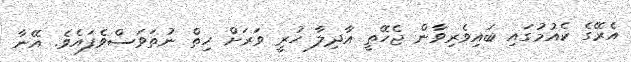
އެރޭގެ ކެއުމުގައި ބައިވެރިވާން ޖެހޭތީ އާދިލާ ހުރީ ވަރަށް ހިތް ނުތަވަސްވެފައެވެ. އޭނާ